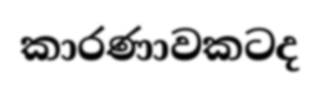
කාරණාවකටද